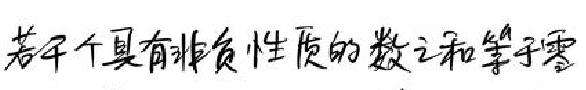
若 干 个 具 有 非 负 性 质 的 数 之 和 等 于 零